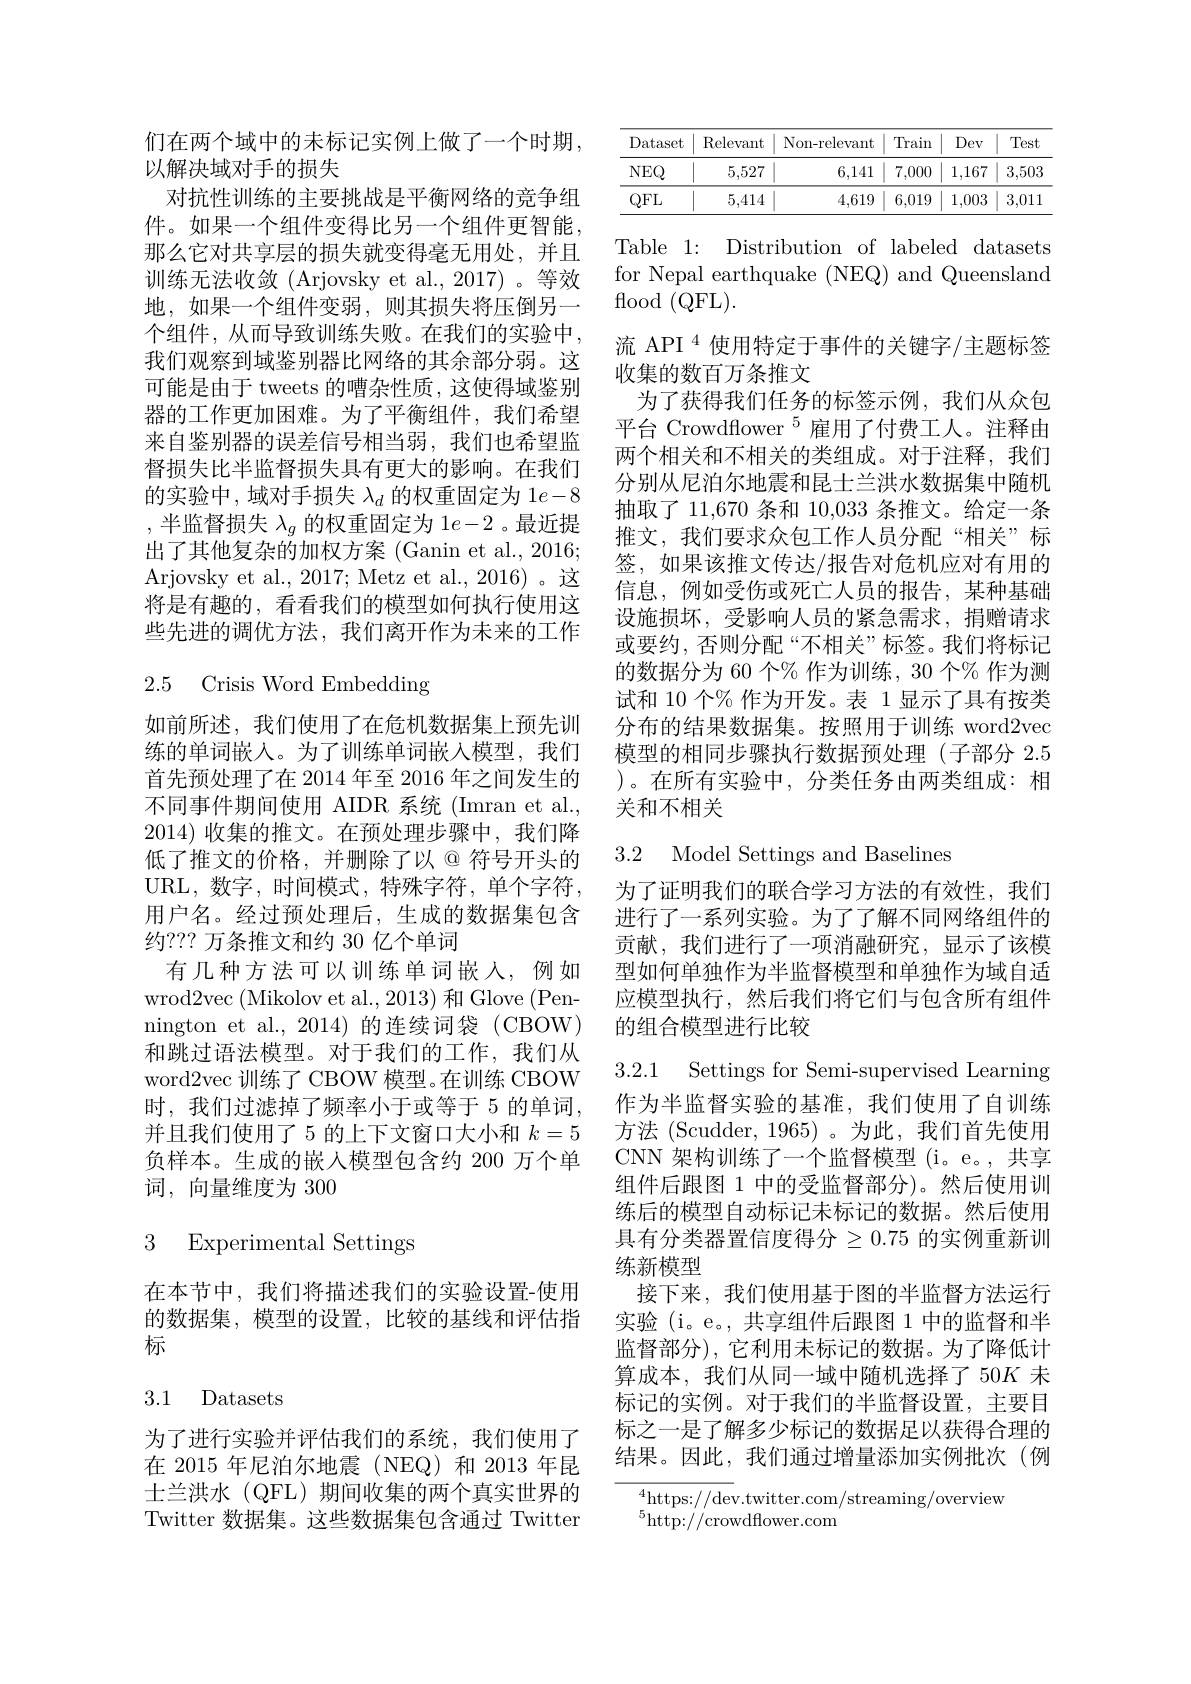
们在两个域中的未标记实例上做了一个时期，
以解决域对手的损失
对抗性训练的主要挑战是平衡网络的竞争组件。如果一个组件变得比另一个组件更智能， 那么它对共享层的损失就变得毫无用处，并且训练无法收敛 (Arjovsky et al.,2017)。等效地，如果一个组件变弱，则其损失将压倒另一个组件，从而导致训练失败。在我们的实验中， 我们观察到域鉴别器比网络的其余部分弱。这可能是由于 tweets 的嘈杂性质 , 这使得域鉴别器的工作更加困难。为了平衡组件，我们希望来自鉴别器的误差信号相当弱，我们也希望监督损失比半监督损失具有更大的影响。在我们的实验中，域对手损失$\lambda_d$的权重固定为 1$e-8$ ,半监督损失 $\lambda_g$ 的权重固定为 1$e-2$ 。最近提出了其他复杂的加权方案 (Ganin et al., 2016; Arjovsky et al., 2017; Metz et al., 2016)。这将是有趣的，看看我们的模型如何执行使用这些先进的调优方法，我们离开作为未来的工作

## 2.5 Crisis Word Embedding

如前所述，我们使用了在危机数据集上预先训练的单词嵌入。为了训练单词嵌入模型，我们首先预处理了在 2014 年至 2016 年之间发生的不同事件期间使用 AIDR 系统 (Imran et al. 2014) 收集的推文。在预处理步骤中，我们降低了推文的价格，并删除了以@符号开头的URL,数字，时间模式，特殊字符，单个字符， 用户名。经过预处理后，生成的数据集包含约？?? 万条推文和约 30 亿个单词
有几种方法可以训练单词嵌入，例如wrod2vec (Mikolov et al., 2013) 和 Glove (Pennington et al., 2014) 的连续词袋 (CBOW) 和跳过语法模型。对于我们的工作，我们从word2vec 训练了 CBOW 模型。在训练 CBOW 时，我们过滤掉了频率小于或等于 5 的单词， 并且我们使用了 5 的上下文窗口大小和$k=5$ 负样本。生成的嵌入模型包含约 200 万个单词，向量维度为 300

### 3 Experimental Settings

在本节中，我们将描述我们的实验设置-使用的数据集，模型的设置，比较的基线和评估指标

## 3.1 Datasets

为了进行实验并评估我们的系统，我们使用了在 2015 年尼泊尔地震 (NEQ)和 2013 年昆士兰洪水(QFL)期间收集的两个真实世界的Twitter 数据集。这些数据集包含通过 Twitter

<table>
	<tbody>
		<tr>
			<th>Dataset</th>
			<th>$\operatorname{Relevant}$</th>
			<th>Non-relevant</th>
			<th>Train</th>
			<th>Dev</th>
			<th>Test</th>
		</tr>
		<tr>
			<td>$NEQ$</td>
			<td>5,527</td>
			<td>6,141</td>
			<td>7,000</td>
			<td>1,167</td>
			<td>3,503</td>
		</tr>
		<tr>
			<td>$QFL$</td>
			<td>5,414</td>
			<td>4,619</td>
			<td>6,019</td>
			<td>1,003</td>
			<td>3,011</td>
		</tr>
	</tbody>
</table>

Table 1: Distribution of labeled datasets for Nepal earthquake (NEQ) and Queensland ${\mathrm{flood~}}({\mathrm{QFL}}).$
流 API $^{4}$使用特定于事件的关键字/主题标签
收集的数百万条推文
为了获得我们任务的标签示例，我们从众包平台 Crowdflower $^{5}$雇用了付费工人。注释由两个相关和不相关的类组成。对于注释，我们分别从尼泊尔地震和昆士兰洪水数据集中随机抽取了 11,670 条和 10,033 条推文。给定一条推文，我们要求众包工作人员分配“相关”标签，如果该推文传达/报告对危机应对有用的信息，例如受伤或死亡人员的报告，某种基础设施损坏，受影响人员的紧急需求，捐赠请求或要约，否则分配“不相关”标签。我们将标记的数据分为 60 个% 作为训练，30 个% 作为测试和 10 个% 作为开发。表 1 显示了具有按类分布的结果数据集。按照用于训练 word2vec 模型的相同步骤执行数据预处理(子部分2.5 )。在所有实验中，分类任务由两类组成：相关和不相关

3.2 Model Settings and Baselines

为了证明我们的联合学习方法的有效性，我们进行了一系列实验。为了了解不同网络组件的贡献，我们进行了一项消融研究，显示了该模型如何单独作为半监督模型和单独作为域自适应模型执行，然后我们将它们与包含所有组件的组合模型进行比较

3.2.1 Settings for Semi-supervised Learning 作为半监督实验的基准，我们使用了自训练方法 (Scudder,1965)。为此，我们首先使用CNN 架构训练了一个监督模型 (i。e。, 共享组件后跟图 1 中的受监督部分)。然后使用训练后的模型自动标记未标记的数据。然后使用具有分类器置信度得分$\geq0.75$ 的实例重新训练新模型
接下来，我们使用基于图的半监督方法运行实验 (i。e。, 共享组件后跟图 1 中的监督和半监督部分), 它利用未标记的数据。为了降低计算成本，我们从同一域中随机选择了50K 未标记的实例。对于我们的半监督设置，主要目标之一是了解多少标记的数据足以获得合理的结果。因此，我们通过增量添加实例批次(例

${}^{4}$https://dev.twitter.com/streaming/overview
$^{5}{\mathrm{http:}}//$crowdflower.com